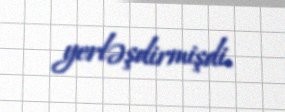
yerləşdirmişdi.